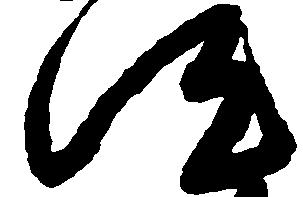
汰